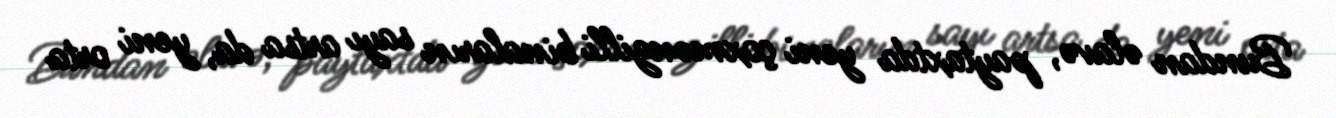
Bundan əlavə, paytaxtda yeni çoxmənzilli binaların sayı artsa da, yeni orta